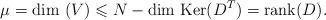
LaTeX: \begin{align*}\mu= \hbox{dim } (V) \leqslant N -\hbox{dim Ker}(D^T) =\hbox{rank}(D).\end{align*}